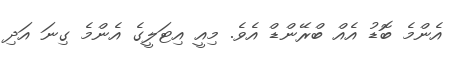
އެންމެ ބޮޑު އެއް ބްރޭންޑް އެވެ. މިއީ އިޓަލީގެ އެންމެ ގިނަ އަދި